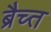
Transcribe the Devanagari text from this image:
ब्रैच्त